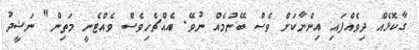
ގާކޮޅެއް ދިވެއްފައި އިންނާކަށް ވެސް ބޭނުމެއް ނުވޭ. އެއްޗެހިވެސް ވެއްޓެނީ މަތިން" ނަޝީދު